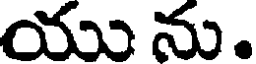
యు ను.